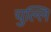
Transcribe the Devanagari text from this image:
चुल्लि